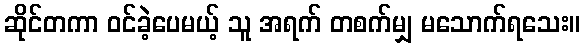
ဆိုင်တကာ ဝင်ခဲ့ပေမယ့် သူ အရက် တစက်မျှ မသောက်ရသေး။